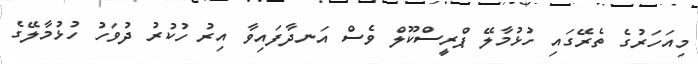
މިއަހަރުގެ ތެރޭގައި ހުޅުމާލޭ ޕްރީސްކޫލް ވެސް އަނދާފައިވާ އިރު ހުކުރު ދުވަހު ހުޅުމާލޭގެ